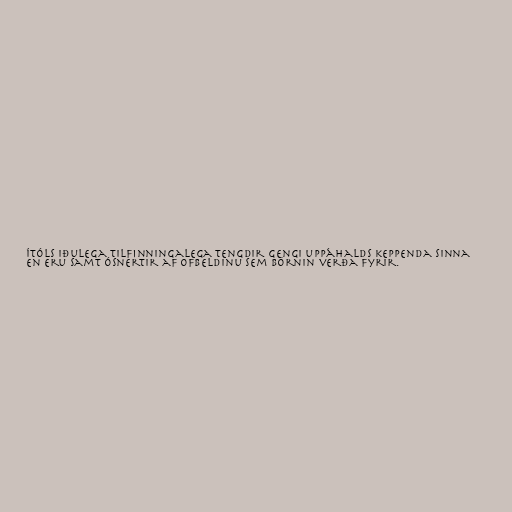
ítóls iðulega tilfinningalega tengdir gengi uppáhalds keppenda sinna
en eru samt ósnertir af ofbeldinu sem börnin verða fyrir.